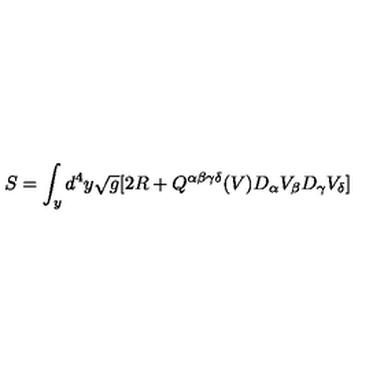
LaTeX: S = \int _ { y } d ^ { 4 } y \sqrt { g } [ 2 R + Q ^ { \alpha \beta \gamma \delta } ( V ) D _ { \alpha } V _ { \beta } D _ { \gamma } V _ { \delta } ]